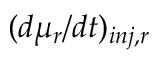
( d \mu _ { r } / d t ) _ { i n j , r }